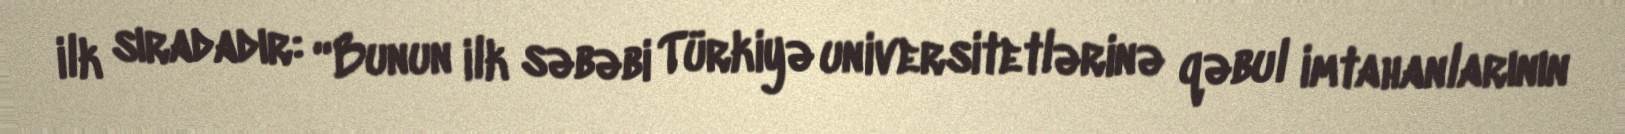
ilk sıradadır: “Bunun ilk səbəbi Türkiyə universitetlərinə qəbul imtahanlarının